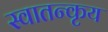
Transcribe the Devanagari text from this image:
स्वातन्कृय